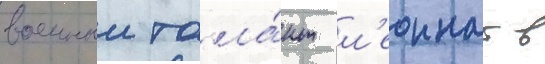
военныи тала́нт л'еоннат в